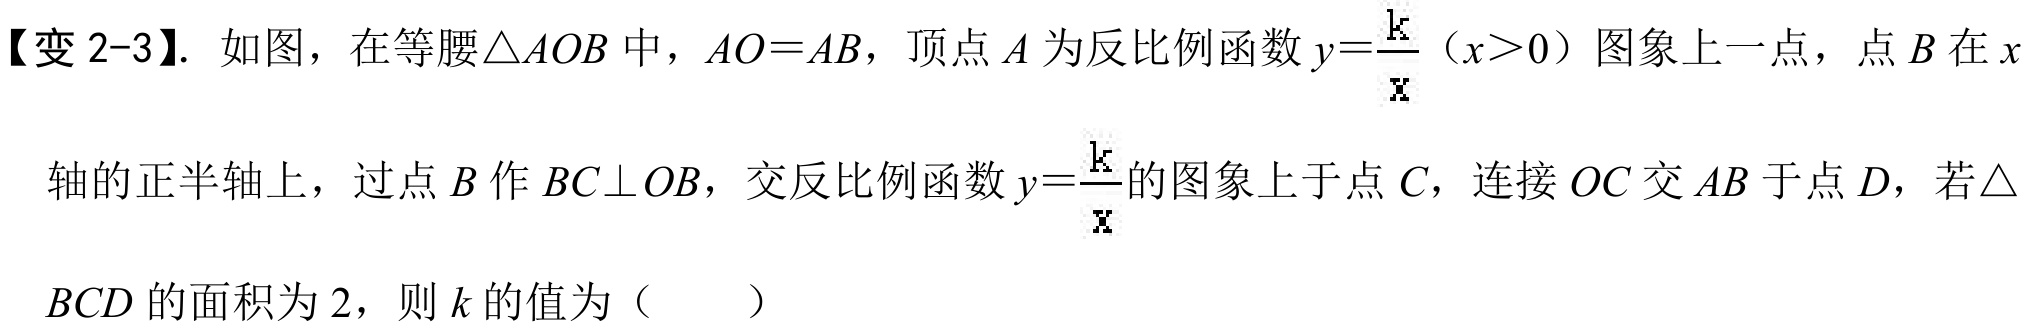
【变 2-3】. 如图，在等腰\(\triangle AOB\)中，\(AO = AB\)，顶点\(A\)为反比例函数\(y = \dfrac{k}{x}(x>0)\)图象上一点，点\(B\)在\(x\)
轴的正半轴上，过点\(B\)作\(BC\perp OB\)，交反比例函数\(y = \dfrac{k}{x}\)的图象上于点\(C\)，连接\(OC\)交\(AB\)于点\(D\)，若\(\triangle\)
\(BCD\)的面积为\(2\)，则\(k\)的值为（  ）